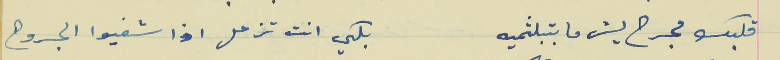
قلبك مجرح ليش ما بتبلثميه                                بلكي انت تزعل اذا شفيوا الجروح